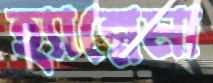
হ্যান্নেমা